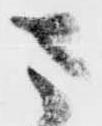
さ